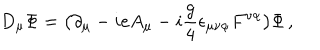
D _ { \mu } \Phi = \big ( \partial _ { \mu } - i e A _ { \mu } - i { \frac { g } { 4 } } \epsilon _ { \mu \nu \alpha } F ^ { \nu \alpha } \big ) \Phi \, ,